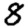
Digit: 8